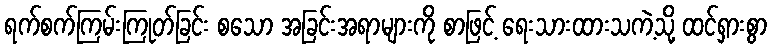
ရက်စက်ကြမ်းကြုတ်ခြင်း စသော အခြင်းအရာများကို စာဖြင့် ရေးသားထားသကဲ့သို့ ထင်ရှားစွာ